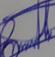
Signature authenticity: genuine